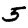
Digit: 5